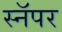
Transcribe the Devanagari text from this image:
स्नॅपर